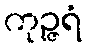
ကုဉ္ဇရံ